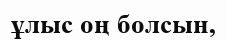
ұлыс оң болсын,